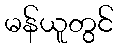
မန်ယူတွင်